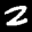
Label: 2